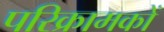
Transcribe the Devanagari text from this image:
परिक्रामकों